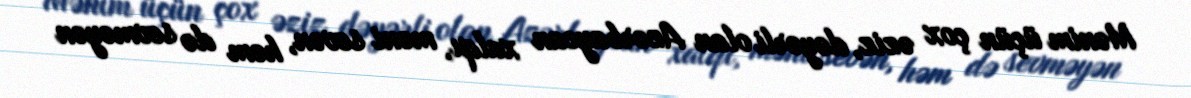
Mənim üçün çox əziz, dəyərli olan Azərbaycan xalqı, məni sevən, həm də sevməyən